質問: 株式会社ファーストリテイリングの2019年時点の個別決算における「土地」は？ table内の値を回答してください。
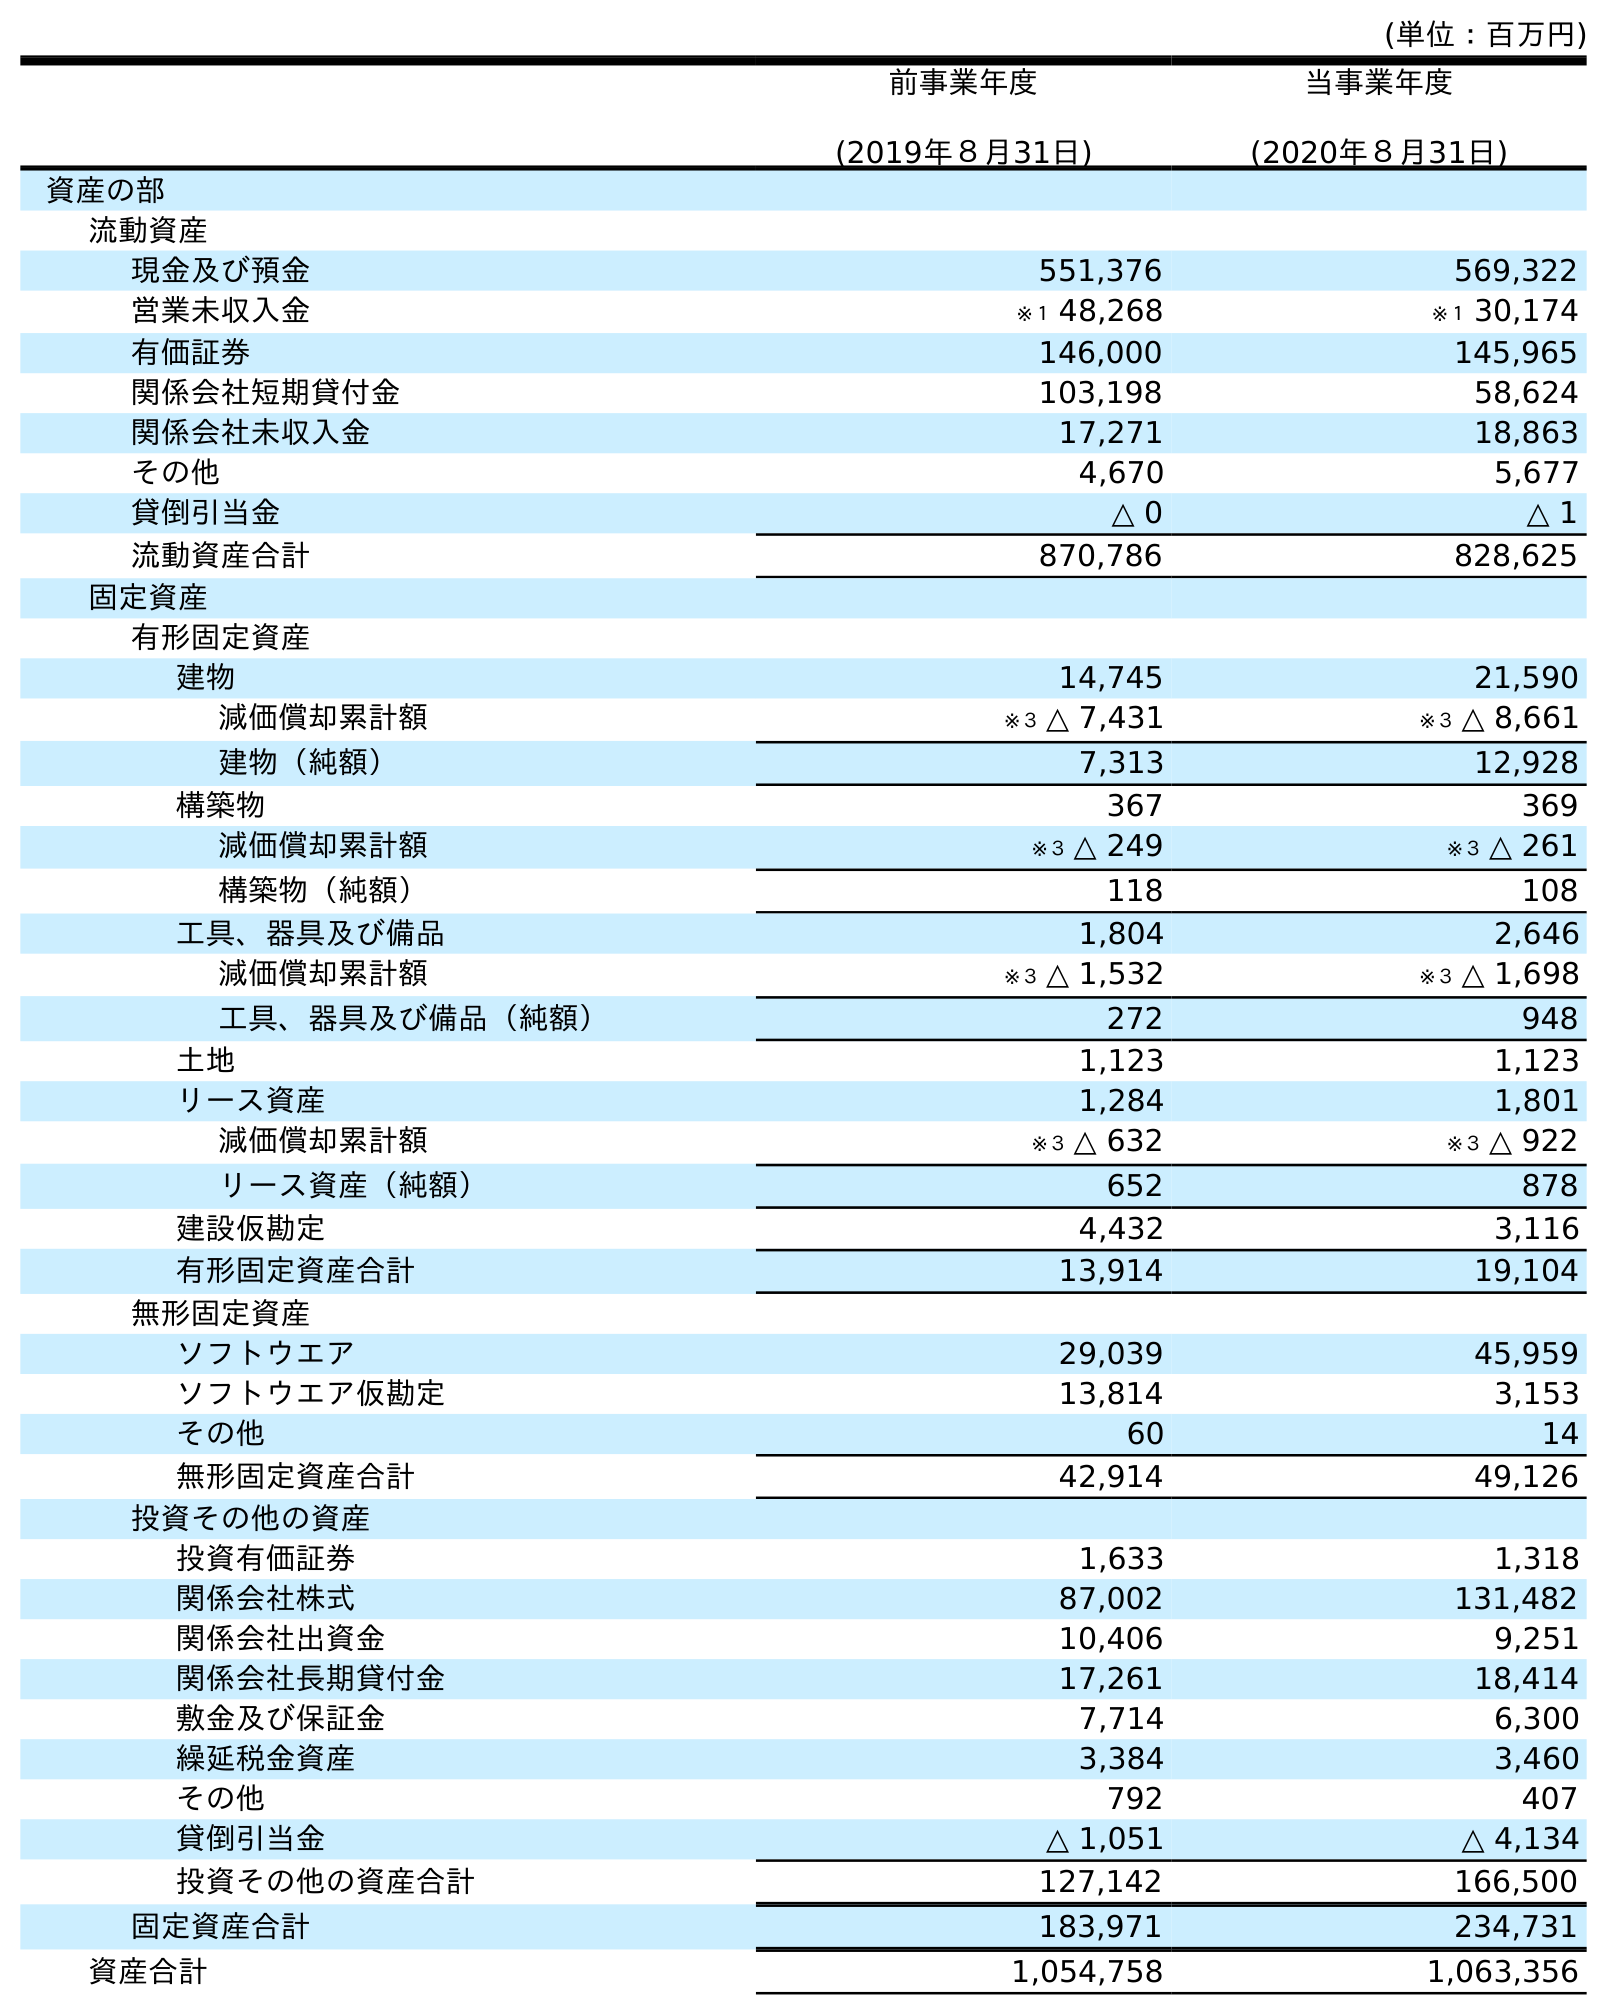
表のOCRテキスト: (単位：百万円) 前事業年度 (2019年８月31日) 当事業年度 (2020年８月31日) 資産の部 流動資産 現金及び預金 551,376 569,322 営業未収入金 ※１ 48,268 ※１ 30,174 有価証券 146,000 145,965 関係会社短期貸付金 103,198 58,624 関係会社未収入金 17,271 18,863 その他 4,670 5,677 貸倒引当金 △ 0 △ 1 流動資産合計 870,786 828,625 固定資産 有形固定資産 建物 14,745 21,590 減価償却累計額 ※３ △ 7,431 ※３ △ 8,661 建物（純額） 7,313 12,928 構築物 367 369 減価償却累計額 ※３ △ 249 ※３ △ 261 構築物（純額） 118 108 工具、器具及び備品 1,804 2,646 減価償却累計額 ※３ △ 1,532 ※３ △ 1,698 工具、器具及び備品（純額） 272 948 土地 1,123 1,123 リース資産 1,284 1,801 減価償却累計額 ※３ △ 632 ※３ △ 922 リース資産（純額） 652 878 建設仮勘定 4,432 3,116 有形固定資産合計 13,914 19,104 無形固定資産 ソフトウエア 29,039 45,959 ソフトウエア仮勘定 13,814 3,153 その他 60 14 無形固定資産合計 42,914 49,126 投資その他の資産 投資有価証券 1,633 1,318 関係会社株式 87,002 131,482 関係会社出資金 10,406 9,251 関係会社長期貸付金 17,261 18,414 敷金及び保証金 7,714 6,300 繰延税金資産 3,384 3,460 その他 792 407 貸倒引当金 △ 1,051 △ 4,134 投資その他の資産合計 127,142 166,500 固定資産合計 183,971 234,731 資産合計 1,054,758 1,063,356
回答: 1,123